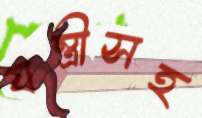
যন্ত্রীসহ